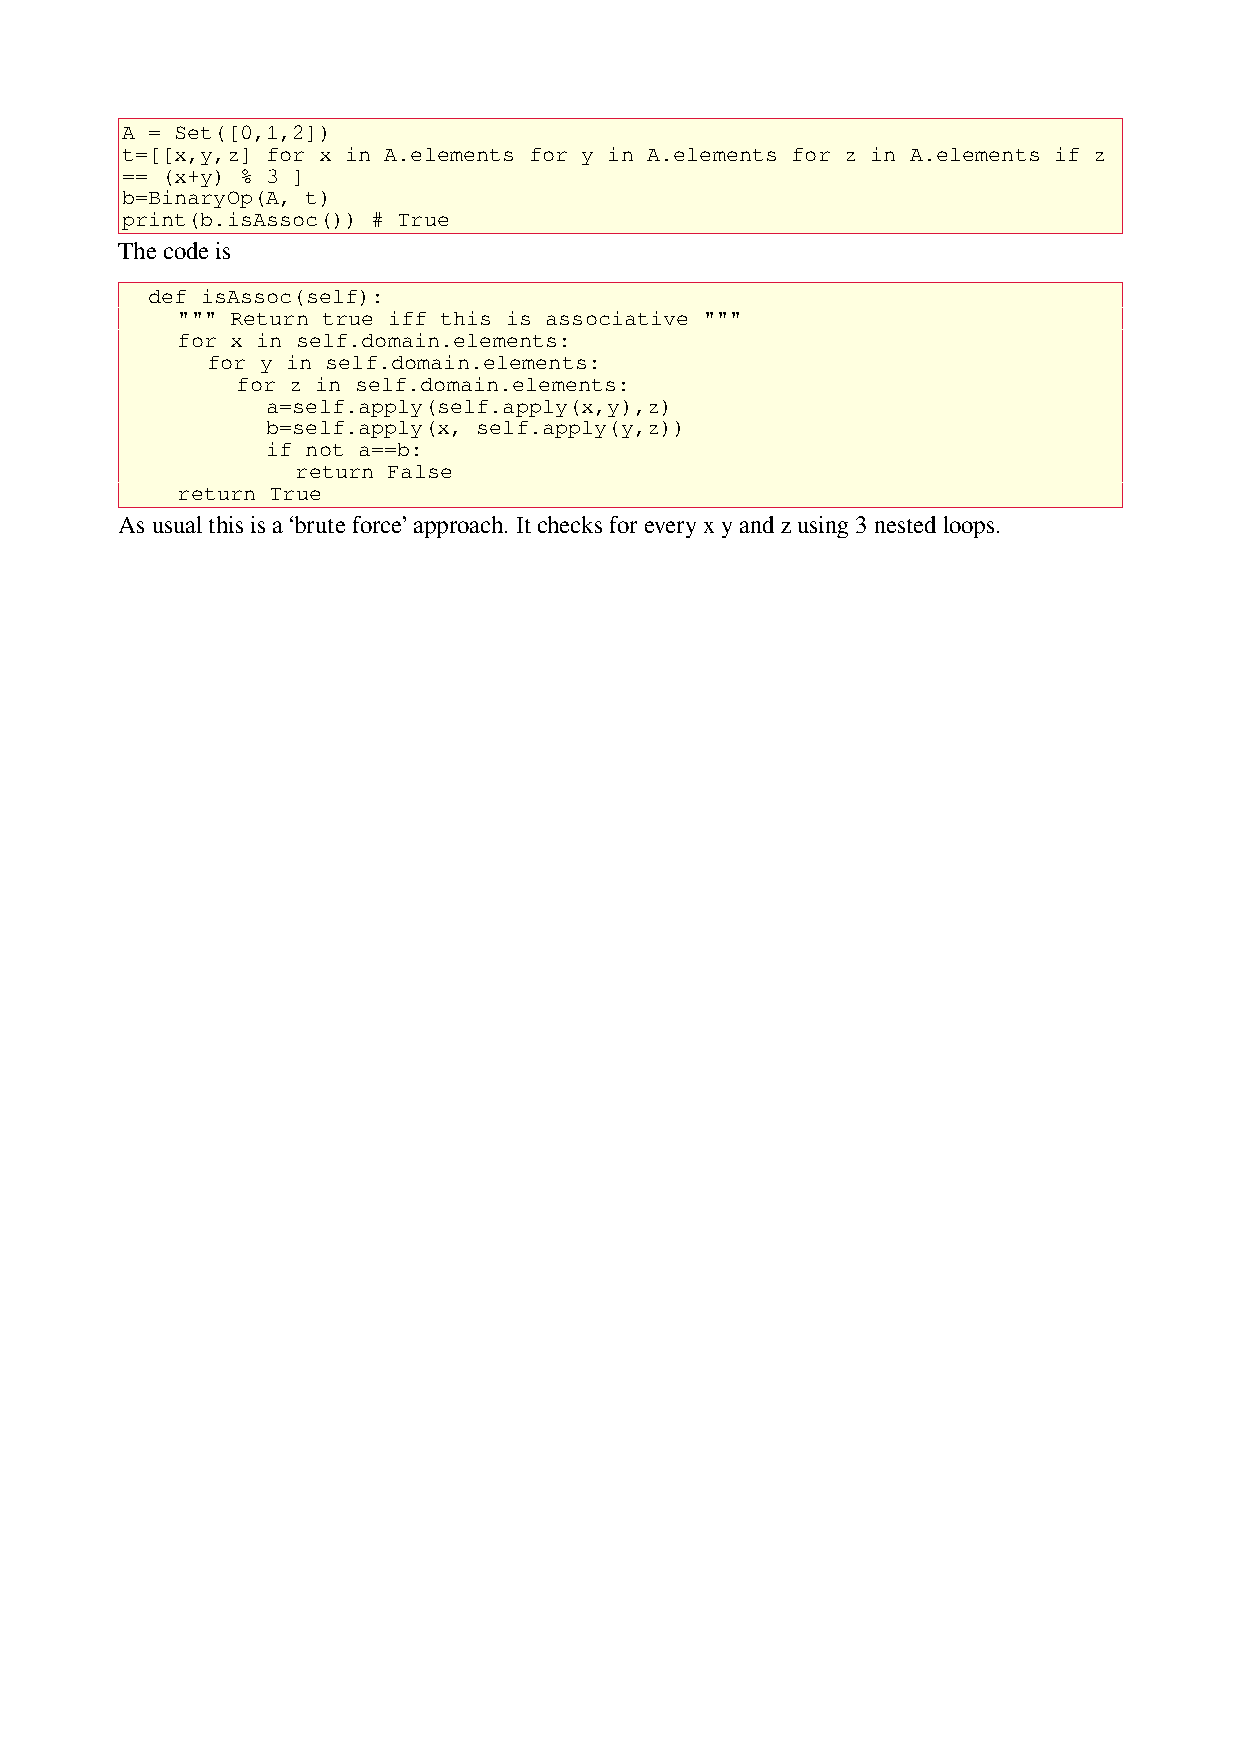
A = Set([0,1,2])
 t=[[x,y,z] for x in A.elements for y in A.elements for z in A.elements if z
 == (x+y) % 3 ]
 b=BinaryOp(A, t)
 print(b.isAssoc()) # True
 The code is
 def isAssoc(self):
 """ Return true iff this is associative """
 for x in self.domain.elements:
 for y in self.domain.elements:
 for z in self.domain.elements:
 a=self.apply(self.apply(x,y),z)
 b=self.apply(x, self.apply(y,z))
 if not a==b:
 return False
 return True
 As usual this is a ‘brute force’ approach. It checks for every x y and z using 3 nested loops.